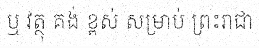
ឬ វត្ថុ គង់ ខ្ពស់ សម្រាប់ ព្រះរាជា